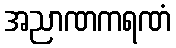
အညာဏကရဏံ